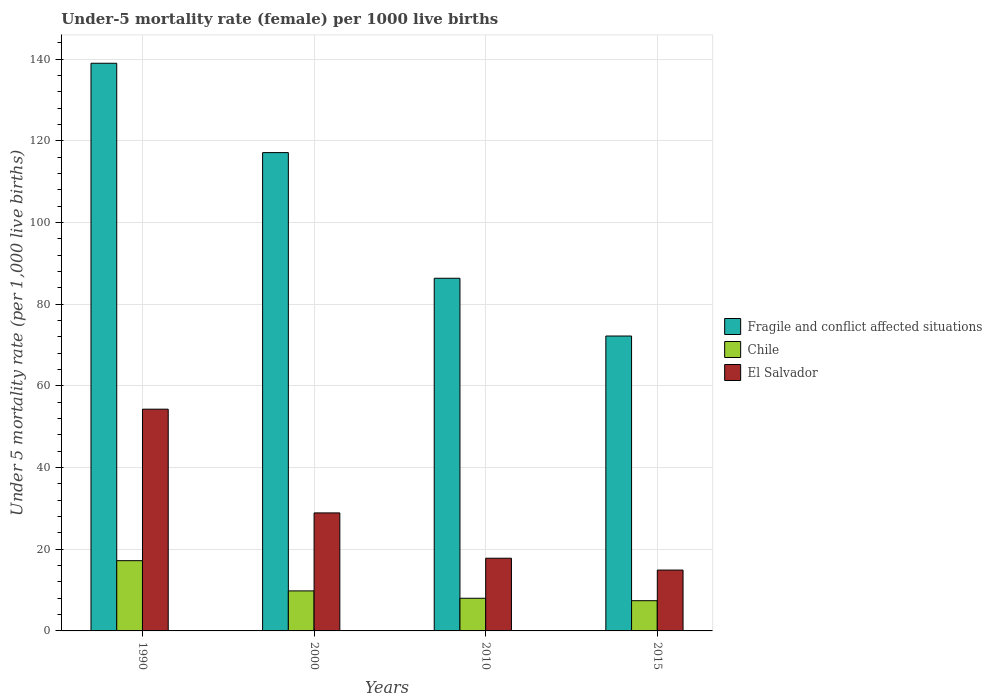
| Years | Fragile and conflict affected situations | Chile | El Salvador |
 | --- | --- | --- | --- |
 | 1990 | 139 | 17.2 | 54.3 |
 | 2000 | 117 | 9.8 | 28.9 |
 | 2010 | 86.4 | 8 | 17.8 |
 | 2015 | 72.2 | 7.4 | 14.9 |